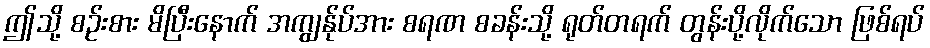
ဤသို့ စဉ်းစား မိပြီးနောက် အကျွန်ုပ်အား စရဏ စခန်းသို့ ရုတ်တရက် တွန်းပို့လိုက်သော ဖြစ်ရပ်